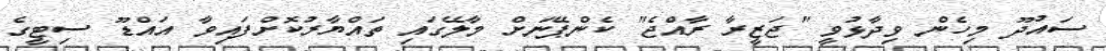
ސައުދޫ މިހެން ވިދާޅުވީ "ޖަޒީރާ ރާއްޖެ" ކެންޕޭނަށް މާލޭގައި ތައްޔާރުކޮށްފައިވާ އައްޑޫ ސިޓީގެ